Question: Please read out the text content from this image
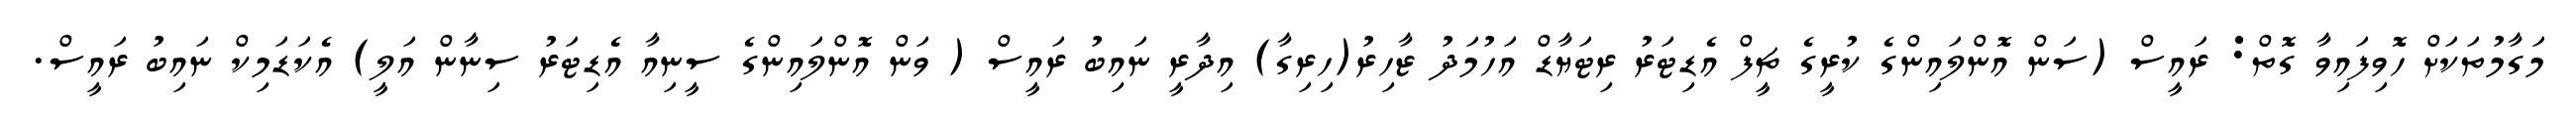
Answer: މަގާމުތަކަށް ހޮވިފައިވާ ގޮތް: ރައީސް (ސަން އޮންލައިންގެ ކުރީގެ ޗީފް އެޑިޓަރު ރިޓަޔާޑް އަހުމަދު ޒާހިރު(ހިރިގާ) އިދާރީ ނައިބު ރައީސް ( ވަން އޮންލައިންގެ ސީނިއާ އެޑިޓަރު ސިނާން އަލީ) އެކަޑަމިކް ނައިބު ރައީސް.